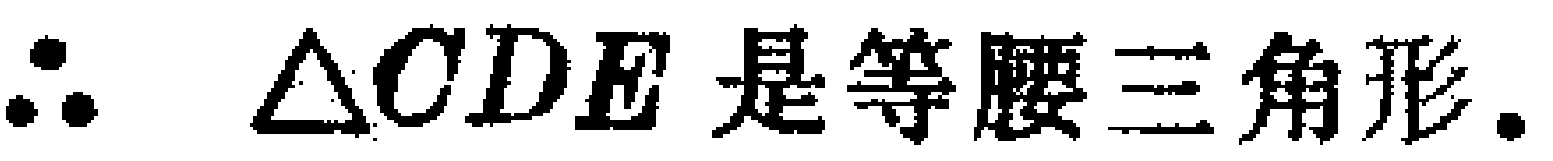
$\therefore\ \triangle CDE \text{是等腰三角形.}$